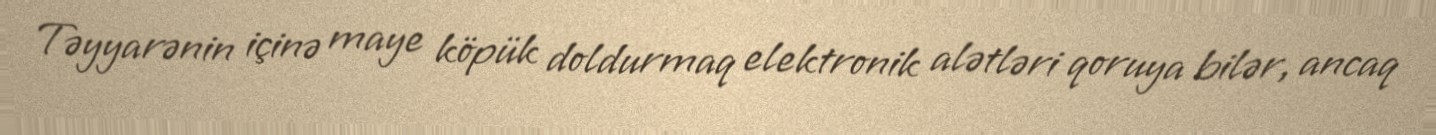
Təyyarənin içinə maye köpük doldurmaq elektronik alətləri qoruya bilər, ancaq